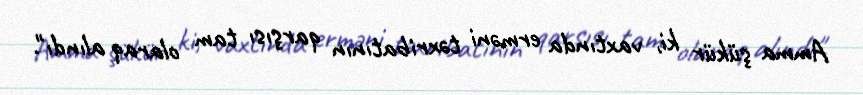
Amma şükür ki, vaxtında erməni təxribatının qarşısı tam olaraq alındı".